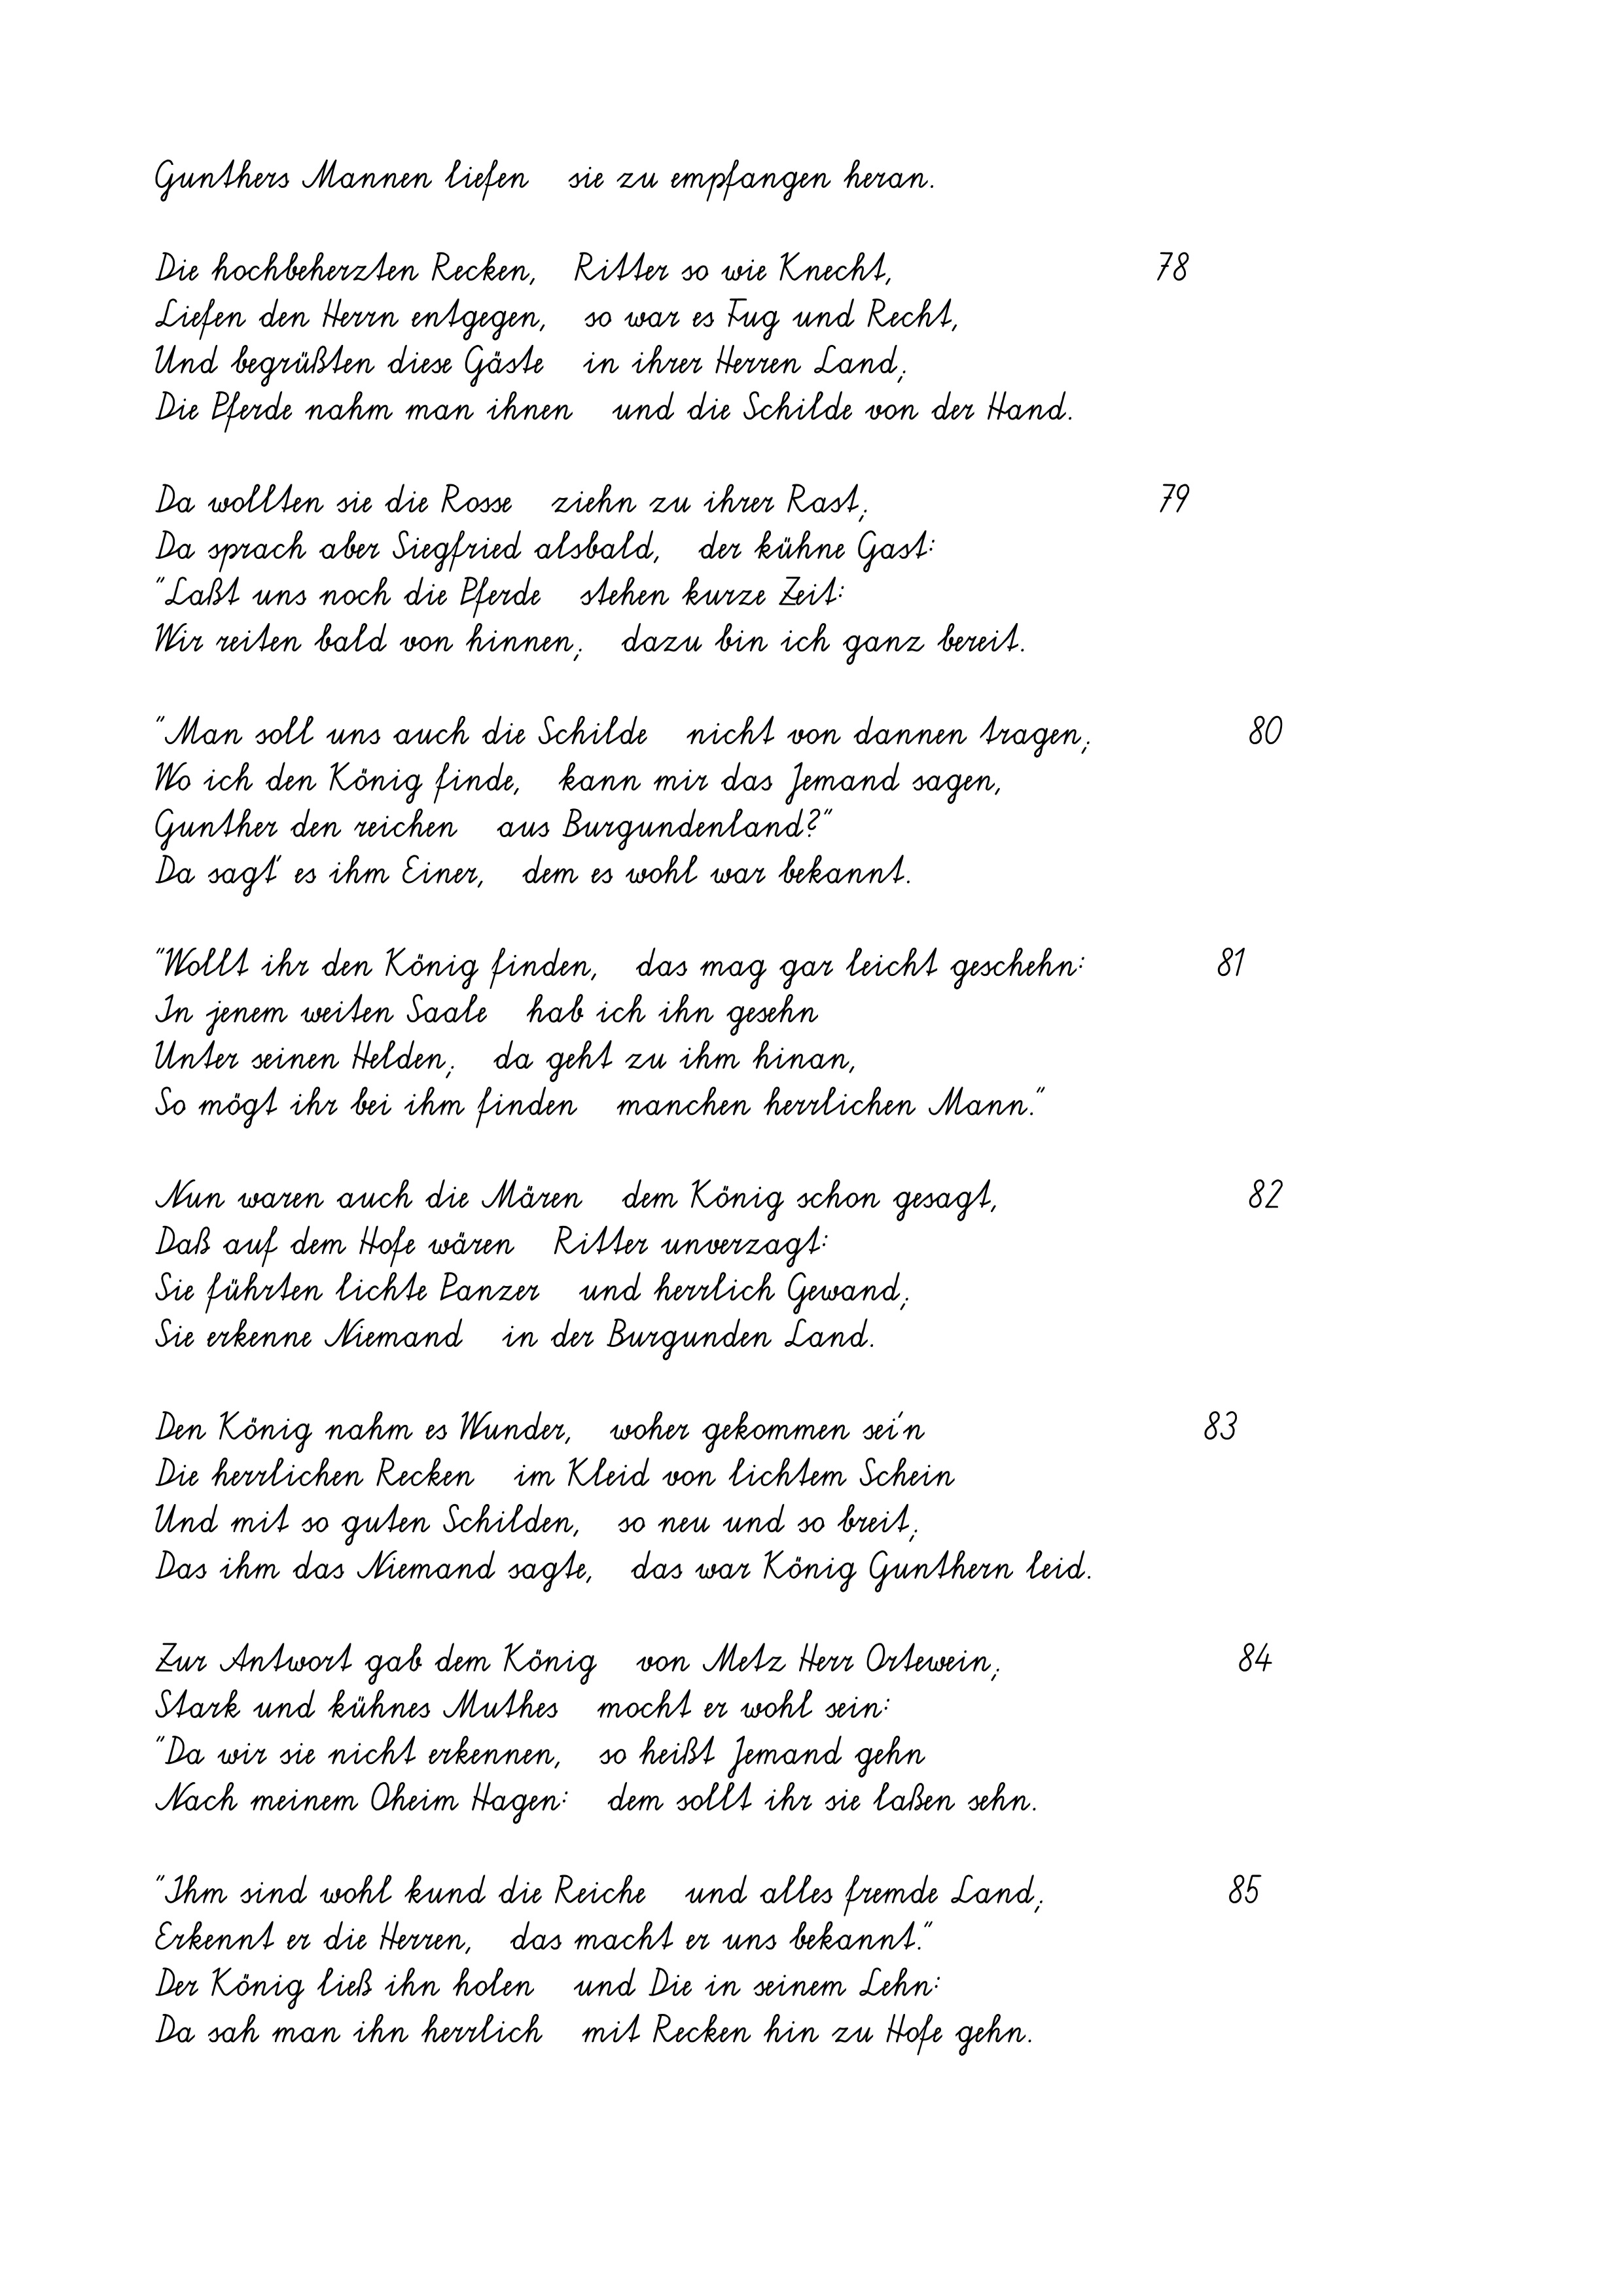
Gunthers Mannen liefen   sie zu empfangen heran.
Die hochbeherzten Recken,   Ritter so wie Knecht,
Liefen den Herrn entgegen,   so war es Fug und Recht,
Und begrüßten diese Gäste   in ihrer Herren Land;
Die Pferde nahm man ihnen   und die Schilde von der Hand.
Da wollten sie die Rosse   ziehn zu ihrer Rast;
Da sprach aber Siegfried alsbald,   der kühne Gast:
"Laßt uns noch die Pferde   stehen kurze Zeit:
Wir reiten bald von hinnen;   dazu bin ich ganz bereit.
"Man soll uns auch die Schilde   nicht von dannen tragen;
Wo ich den König finde,   kann mir das Jemand sagen,
Gunther den reichen   aus Burgundenland?"
Da sagt' es ihm Einer,   dem es wohl war bekannt.
"Wollt ihr den König finden,   das mag gar leicht geschehn:
In jenem weiten Saale   hab ich ihn gesehn
Unter seinen Helden;   da geht zu ihm hinan,
So mögt ihr bei ihm finden   manchen herrlichen Mann."
Nun waren auch die Mären   dem König schon gesagt,
Daß auf dem Hofe wären   Ritter unverzagt:
Sie führten lichte Panzer   und herrlich Gewand;
Sie erkenne Niemand   in der Burgunden Land.
Den König nahm es Wunder,   woher gekommen sei'n
Die herrlichen Recken   im Kleid von lichtem Schein
Und mit so guten Schilden,   so neu und so breit;
Das ihm das Niemand sagte,   das war König Gunthern leid.
Zur Antwort gab dem König   von Metz Herr Ortewein;
Stark und kühnes Muthes   mocht er wohl sein:
"Da wir sie nicht erkennen,   so heißt Jemand gehn
Nach meinem Oheim Hagen:   dem sollt ihr sie laßen sehn.
"Ihm sind wohl kund die Reiche   und alles fremde Land;
Erkennt er die Herren,   das macht er uns bekannt."
Der König ließ ihn holen   und Die in seinem Lehn:
Da sah man ihn herrlich   mit Recken hin zu Hofe gehn.

78
79

83

81

84
85

82

80